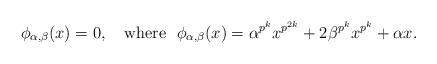
LaTeX: \begin{align*}\phi_{\alpha,\beta}(x)=0,\ \ \ {\rm where} \ \ \phi_{\alpha,\beta}(x)=\alpha^{p^k}x^{p^{2k}}+2\beta^{p^k}x^{p^k}+\alpha x.\end{align*}